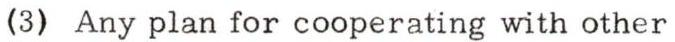
(3) Any plan for cooperating with other